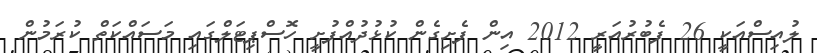
ލުއިސްއަކީ 26 ފެބުރުއަރީ 2012 އިން ފެށިގެން ކުޅުދުއްފުށީ ހޮސްޕިޓަލްގައި މަސައްކަތް ކުރަމުން